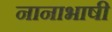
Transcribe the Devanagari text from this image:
नानाभाषी